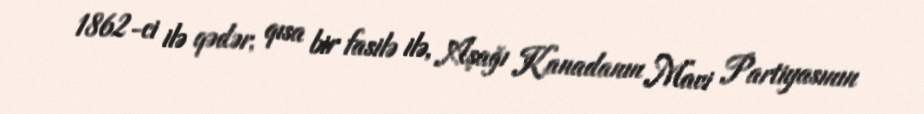
1862-ci ilə qədər, qısa bir fasilə ilə, Aşağı Kanadanın Mavi Partiyasının